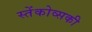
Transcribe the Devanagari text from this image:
स्तेंकोव्सकी